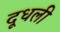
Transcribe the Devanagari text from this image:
दूधली